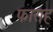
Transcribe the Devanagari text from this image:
फाराह